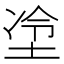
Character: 𫭶